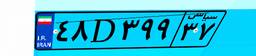
۲۲D۹۳۶۱۰